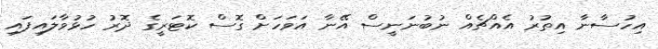
އިހުސާނާ އިތުރު އެއްޗެއް ނުބުނަނީސް އޭނާ އަވަހަށް ގޮސް ކޮޓަރީގެ ދޮރު ހުޅުވާލައިފައި